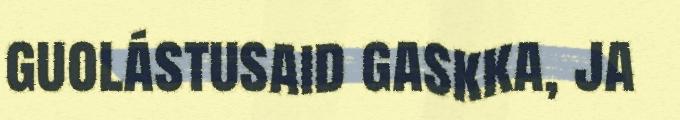
guolástusaid gaskka, ja